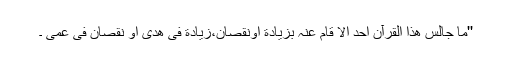
''مَا جَالَسَ ھَذٰا الْقُرْآن اَحَد اِلاّٰ قَامَ عَنْہُ بِزِیَادَةٍ اَوْنُقْصَانٍ،زِیَادَةٍ فیِ ھُدیً اَوْ نُقْصَانٍ فیِ عمیً ۔